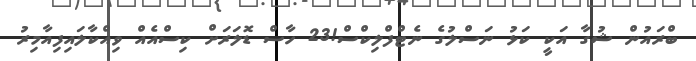
ބްރައުން ޝުގާ އަކީ ކަޅު ނަސްލުގެ ނެޓްފްލިކްސް!23 ހާސް ޑޮލަރަށް ކިސްއެއް ވިއްކާލައިފިއާމިރު